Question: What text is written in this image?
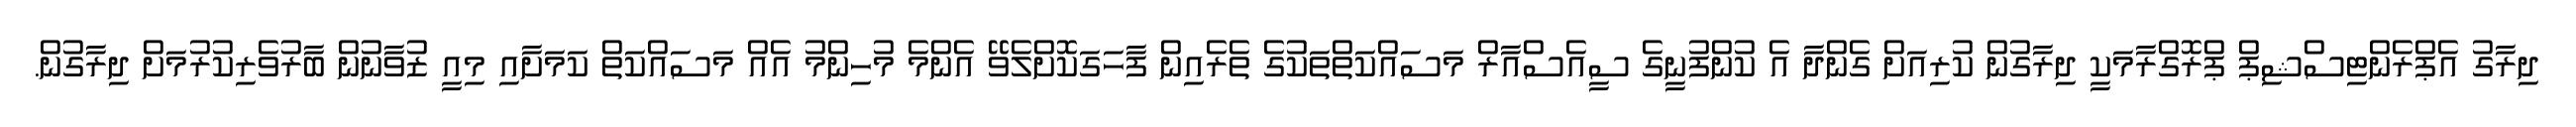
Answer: ދިރާގު އެޕްރެންޓިސްޝިޕް ޕްރޮގްރާމަކީ ދިރާގުން ކުރިއަށް ގެންދާ އެ ކުންފުނީގެ ސީއެސްއާރް މަސައްކަތްތަކުގެ ތެރެއިން ފާހަގަކޮށްލެވޭ އެންމެ މުހިންމު އެއް މަސައްކަތް ކަމަށާއި މިއީ ޒުވާނުން ބާރުވެރިކުރުމަށް ދިރާގުން.